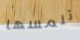
تلمسها